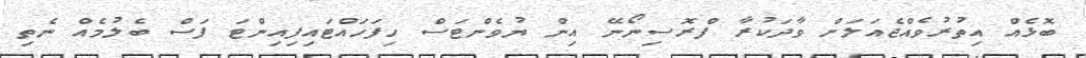
ބޮޅެއް އިތުރުވެއްޖެއަލަށް ވާދަކުރާ ފްރޮސިނޯނޭ އިން ޔުވެންޓަސް ހިފަހައްޓައިފިއިންޓަ ފަސް ބެލުމެއް ނެތި